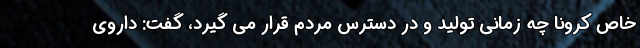
خاص کرونا چه زمانی تولید و در دسترس مردم قرار می گیرد، گفت: داروی